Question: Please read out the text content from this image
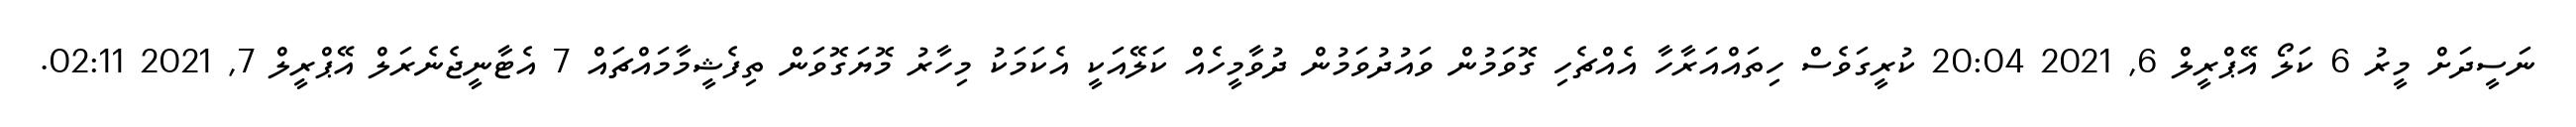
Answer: ނަސީދަށް މީރު 6 ކަލޯ އޭޕްރީލް 6, 2021 20:04 ކުރީގަވެސް ހިތައްއަރާހާ އެއްޗެހި ގޮވަމުން ވައުދުވަމުން ދުވާމީހެއް ކަލޭއަކީ އެކަމަކު މިހާރު މޮޔަގޮވަން ތިފެޝީމާމައްޗައް 7 އެޓާނީޖެނެރަލް އޭޕްރީލް 7, 2021 02:11.